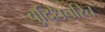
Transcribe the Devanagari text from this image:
बुद्धिचरित